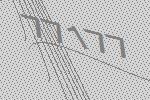
77177